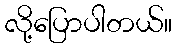
လို့ပြောပါတယ်။